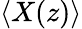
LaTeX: \langle X(z)\rangle